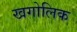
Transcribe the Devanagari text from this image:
खगोलिक